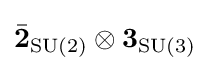
{\bar {\mathbf {2} }}_{\operatorname {SU} (2)}\otimes {\mathbf {3} }_{\operatorname {SU} (3)}